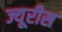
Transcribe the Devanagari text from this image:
ज्यूरीस